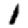
Digit: 1